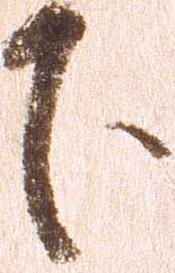
下